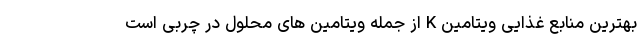
بهترین منابع غذایی ویتامین K از جمله ویتامین های محلول در چربی است